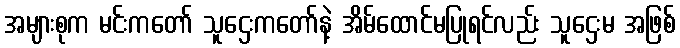
အများစုက မင်းကတော် သူဌေးကတော်နဲ့ အိမ်ထောင်မပြုရင်လည်း သူဌေးမ အဖြစ်